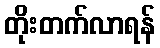
တိုးတက်လာရန်